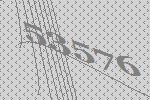
53576